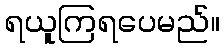
ရယူကြရပေမည်။